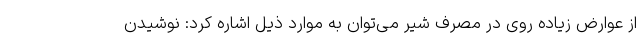
از عوارض زیاده روی در مصرف شیر می‌توان به موارد ذیل اشاره کرد: نوشیدن